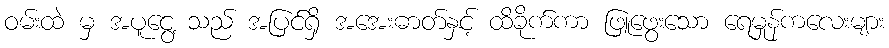
ဝမ်းထဲ မှ အပူငွေ့ သည် အပြင်ရှိ အအေးဓာတ်နှင့် ထိခိုက်ကာ ဖြူဖွေးသော ရေမှုန်ကလေးများ